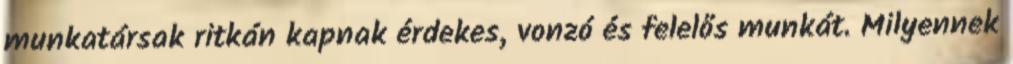
munkatársak ritkán kapnak érdekes, vonzó és felelős munkát. Milyennek